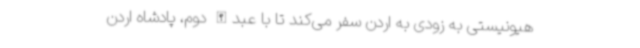
هیونیستی به زودی به اردن سفر می‌کند تا با عبدالله دوم، پادشاه اردن